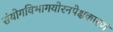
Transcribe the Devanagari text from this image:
संयोगविभागयोरनपेक्षकारणं